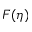
F ( \eta )